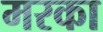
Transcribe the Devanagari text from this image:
मरका